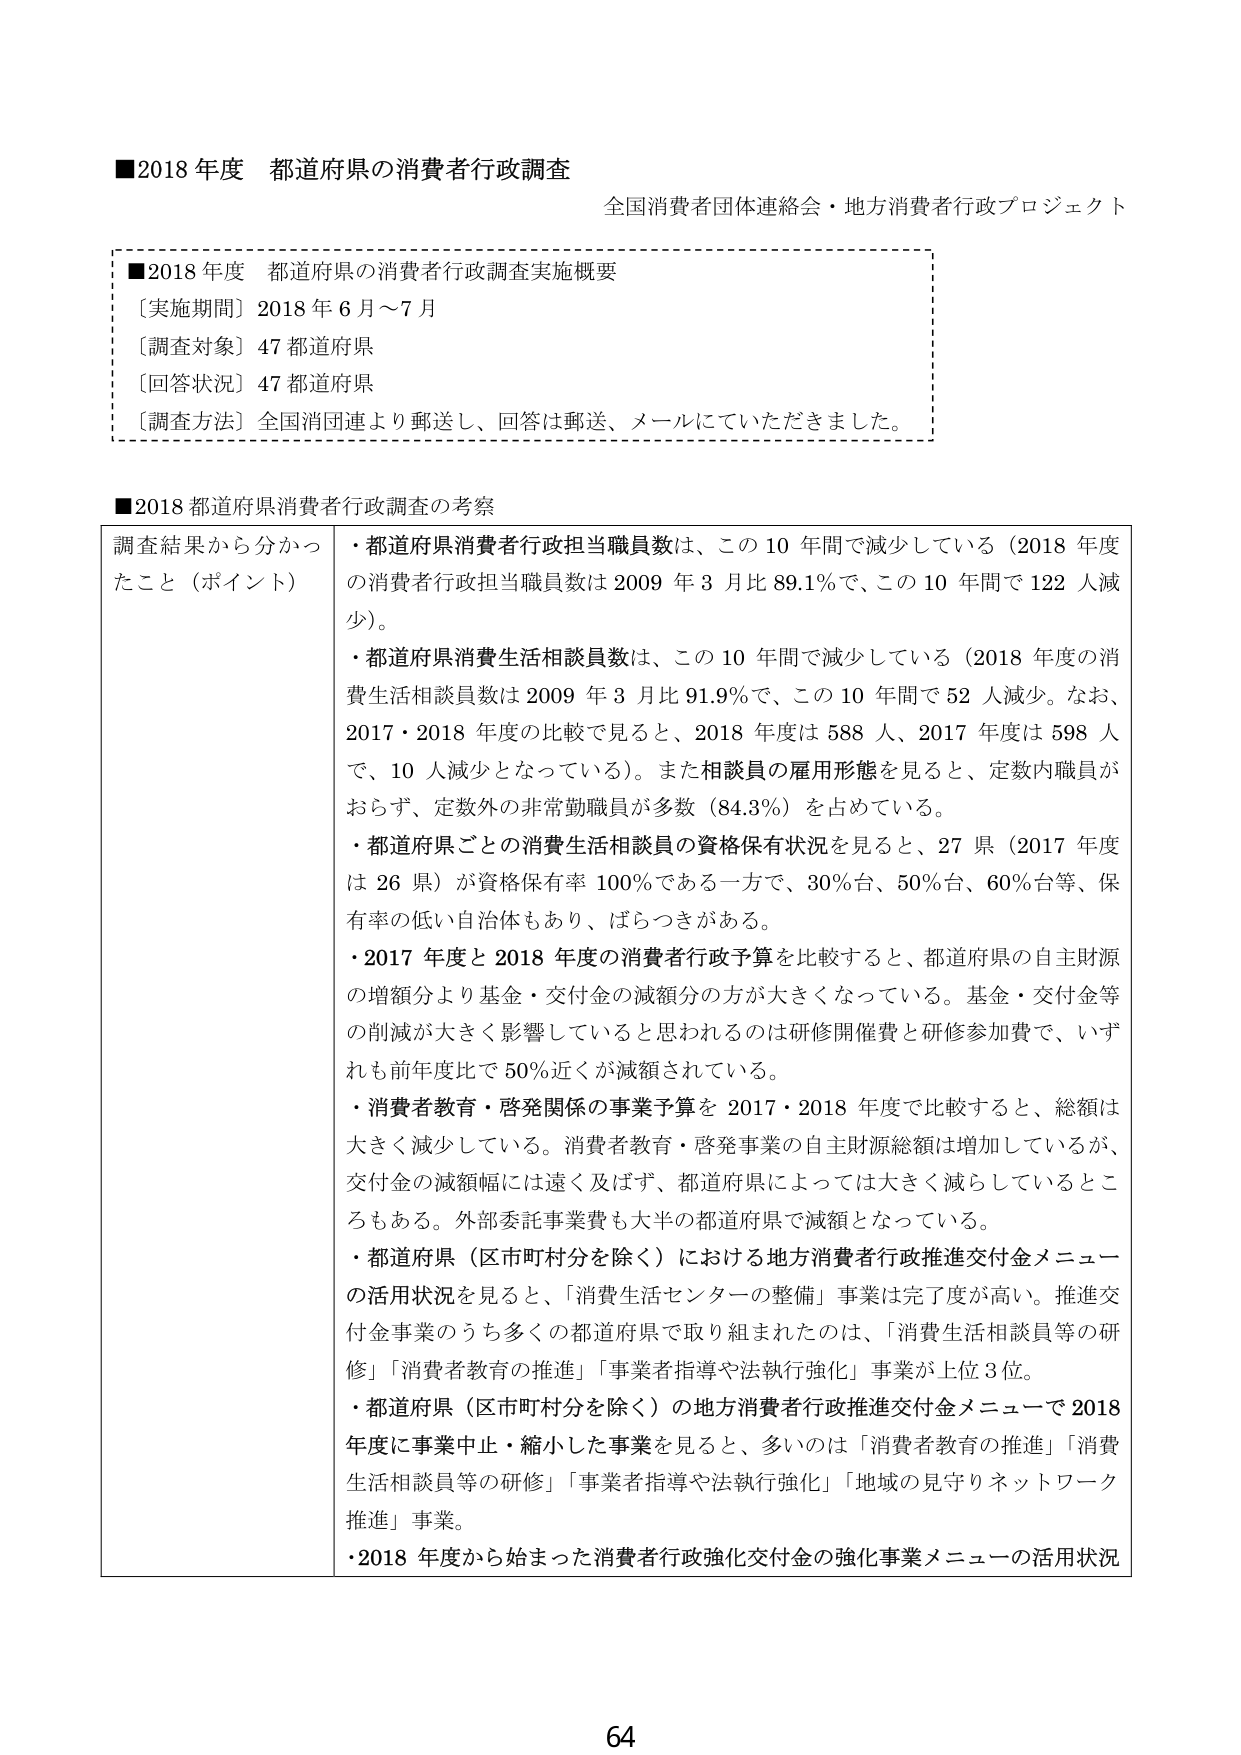
■2018年度 都道府県の消費者行政調査
全国消費者団体連絡会・地方消費者行政プロジェクト

■2018年度 都道府県の消費者行政調査実施概要
〔実施期間〕2018年6月～7月
〔調査対象〕47都道府県
〔回答状況〕47都道府県
〔調査方法〕全国消団連より郵送し、回答は郵送、メールにしていただきました。

■2018都道府県消費者行政調査の考察
調査結果から分かったこと（ポイント）
・都道府県消費者行政担当職員数は、この10年間で減少している（2018年度の消費者行政担当職員数は2009年3月比89.1％で、この10年間で122人減少）。
・都道府県消費生活相談員数は、この10年間で減少している（2018年度の消費生活相談員数は2009年3月比91.9％で、この10年間で52人減少。なお、2017・2018年度の比較で見ると、2018年度は588人、2017年度は598人で、10人減少となっている）。また相談員の雇用形態を見ると、定数内職員がおらず、定数外の非常勤職員が多数（84.3％）を占めている。
・都道府県ごとの消費生活相談員の資格保有状況を見ると、27県（2017年度は26県）が資格保有率100％である一方で、30％台、50％台、60％台等、保有率の低い自治体もあり、ばらつきがある。
・2017年度と2018年度の消費者行政予算を比較すると、都道府県の自主財源の増額分より基金・交付金の減額分の方が大きくなっている。基金・交付金等の削減が大きく影響していると思われるのは研修開催費と研修参加費で、いずれも前年度比で50％近くが減額されている。
・消費者教育・啓発関係の事業予算を2017・2018年度で比較すると、総額は大きく減少している。消費者教育・啓発事業の自主財源総額は増加しているが、交付金の減額幅には遠く及ばず、都道府県によっては大きく減らしているところもある。外部委託事業費も大半の都道府県で減額となっている。
・都道府県（区市町村分を除く）における地方消費者行政推進交付金メニューの活用状況を見ると、「消費生活センターの整備」事業は完了度が高い。推進交付金事業のうち多くの都道府県で取り組まれたのは、「消費生活相談員等の研修」「消費者教育の推進」「事業者指導や法執行強化」事業が上位3位。
・都道府県（区市町村分を除く）の地方消費者行政推進交付金メニューで2018年度に事業中止・縮小した事業を見ると、多いのは「消費者教育の推進」「消費生活相談員等の研修」「事業者指導や法執行強化」「地域の見守りネットワーク推進」事業。
・2018年度から始まった消費者行政強化交付金の強化事業メニューの活用状況

64